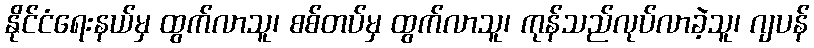
နိုင်ငံရေးနယ်မှ ထွက်လာသူ၊ စစ်တပ်မှ ထွက်လာသူ၊ ကုန်သည်လုပ်လာခဲ့သူ၊ ဂျပန်